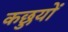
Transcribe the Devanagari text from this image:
कछुयों